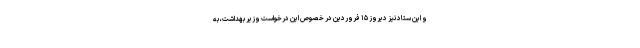
و این ستاد نیز دیروز ۱۵ فروردین در خصوص این درخواست وزیر بهداشت، به